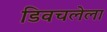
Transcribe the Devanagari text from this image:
डिवचलेला